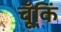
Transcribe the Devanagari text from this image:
चूँकिं